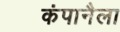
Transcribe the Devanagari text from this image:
कंपानैला